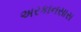
અરકાનસાસ